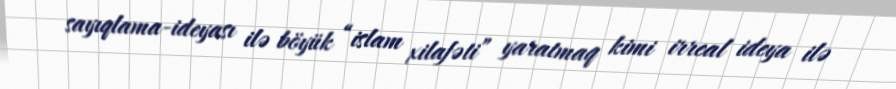
sayıqlama-ideyası ilə böyük “islam xilafəti” yaratmaq kimi irreal ideya ilə